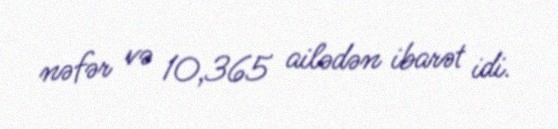
nəfər və 10,365 ailədən ibarət idi.